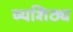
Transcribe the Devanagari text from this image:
व्यशिठ्य